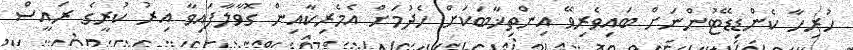
ހުރިހާ ކެންޑިޑޭޓުންނަށް ބައިވެރިވޭ އިންތިޚާބަކަށް ހެދުމަށް އެމެރިކާއިން ގޮވާލާފައިވާ އިރު ކުރީގެ ރައީސް